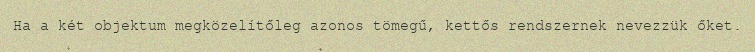
Ha a két objektum megközelítőleg azonos tömegű, kettős rendszernek nevezzük őket.